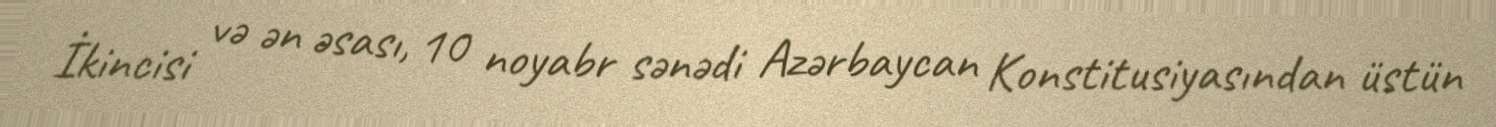
İkincisi və ən əsası, 10 noyabr sənədi Azərbaycan Konstitusiyasından üstün